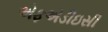
એફએડીઇસી